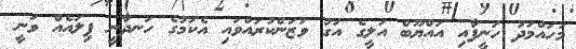
މުހައްމަދު ހަނީފާއި އައްޔޫބް އަލީގެ އަގު ވަޒަންކުރައްވައި އެކަމުގެ ހަނދާނީ ފިލައެއް ވަނީ